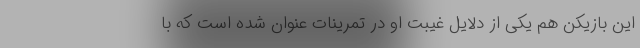
این بازیکن هم یکی از دلایل غیبت او در تمرینات عنوان شده است که با